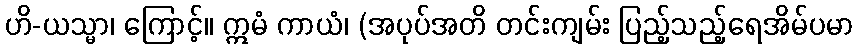
ဟိ-ယသ္မာ၊ ကြောင့်။ ဣမံ ကာယံ၊ (အပုပ်အတိ တင်းကျမ်း ပြည့်သည့်ရေအိမ်ပမာ